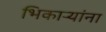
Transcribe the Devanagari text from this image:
भिकाऱ्यांना